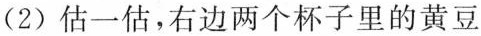
(2) 估一估，右边两个杯子里的黄豆